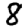
Digit: 8